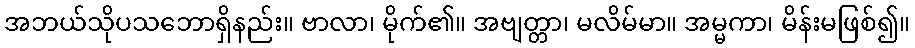
အဘယ်သိုပသဘောရှိနည်း။ ဗာလာ၊ မိုက်၏။ အဗျတ္တာ၊ မလိမ်မာ။ အမ္မကာ၊ မိန်းမဖြစ်၍။